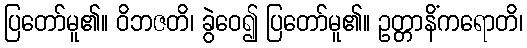
ပြတော်မူ၏။ ဝိဘဇတိ၊ ခွဲဝေ၍ ပြတော်မူ၏။ ဥတ္တာနိံကရောတိ၊